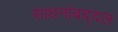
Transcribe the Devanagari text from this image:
साधनांबद्दल